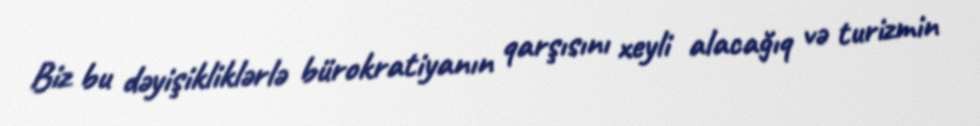
Biz bu dəyişikliklərlə bürokratiyanın qarşısını xeyli alacağıq və turizmin